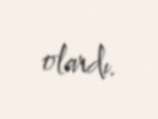
olardı.